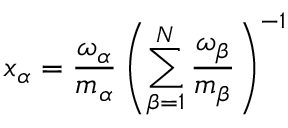
x _ { \alpha } = \frac { \omega _ { \alpha } } { m _ { \alpha } } \left( \sum _ { \beta = 1 } ^ { N } \frac { \omega _ { \beta } } { m _ { \beta } } \right) ^ { - 1 }